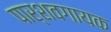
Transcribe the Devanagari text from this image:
पार्शवगायक